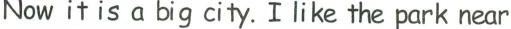
Now it is a big city. I like the park near